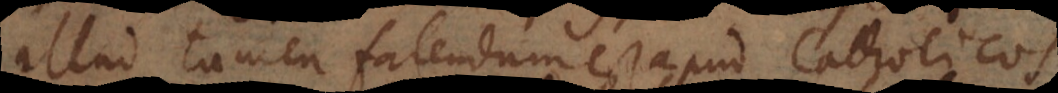
Illud tamen fatendum est apud Catholicos